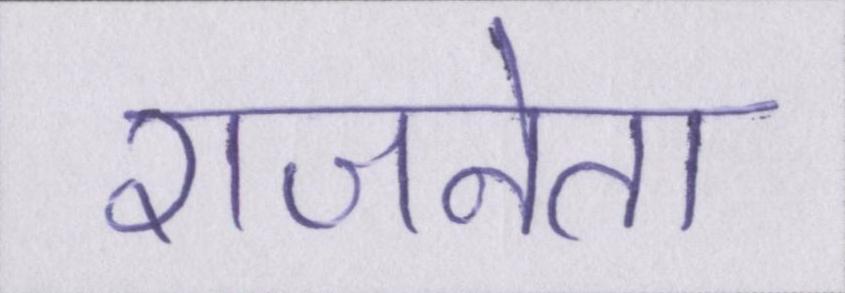
राजनेता